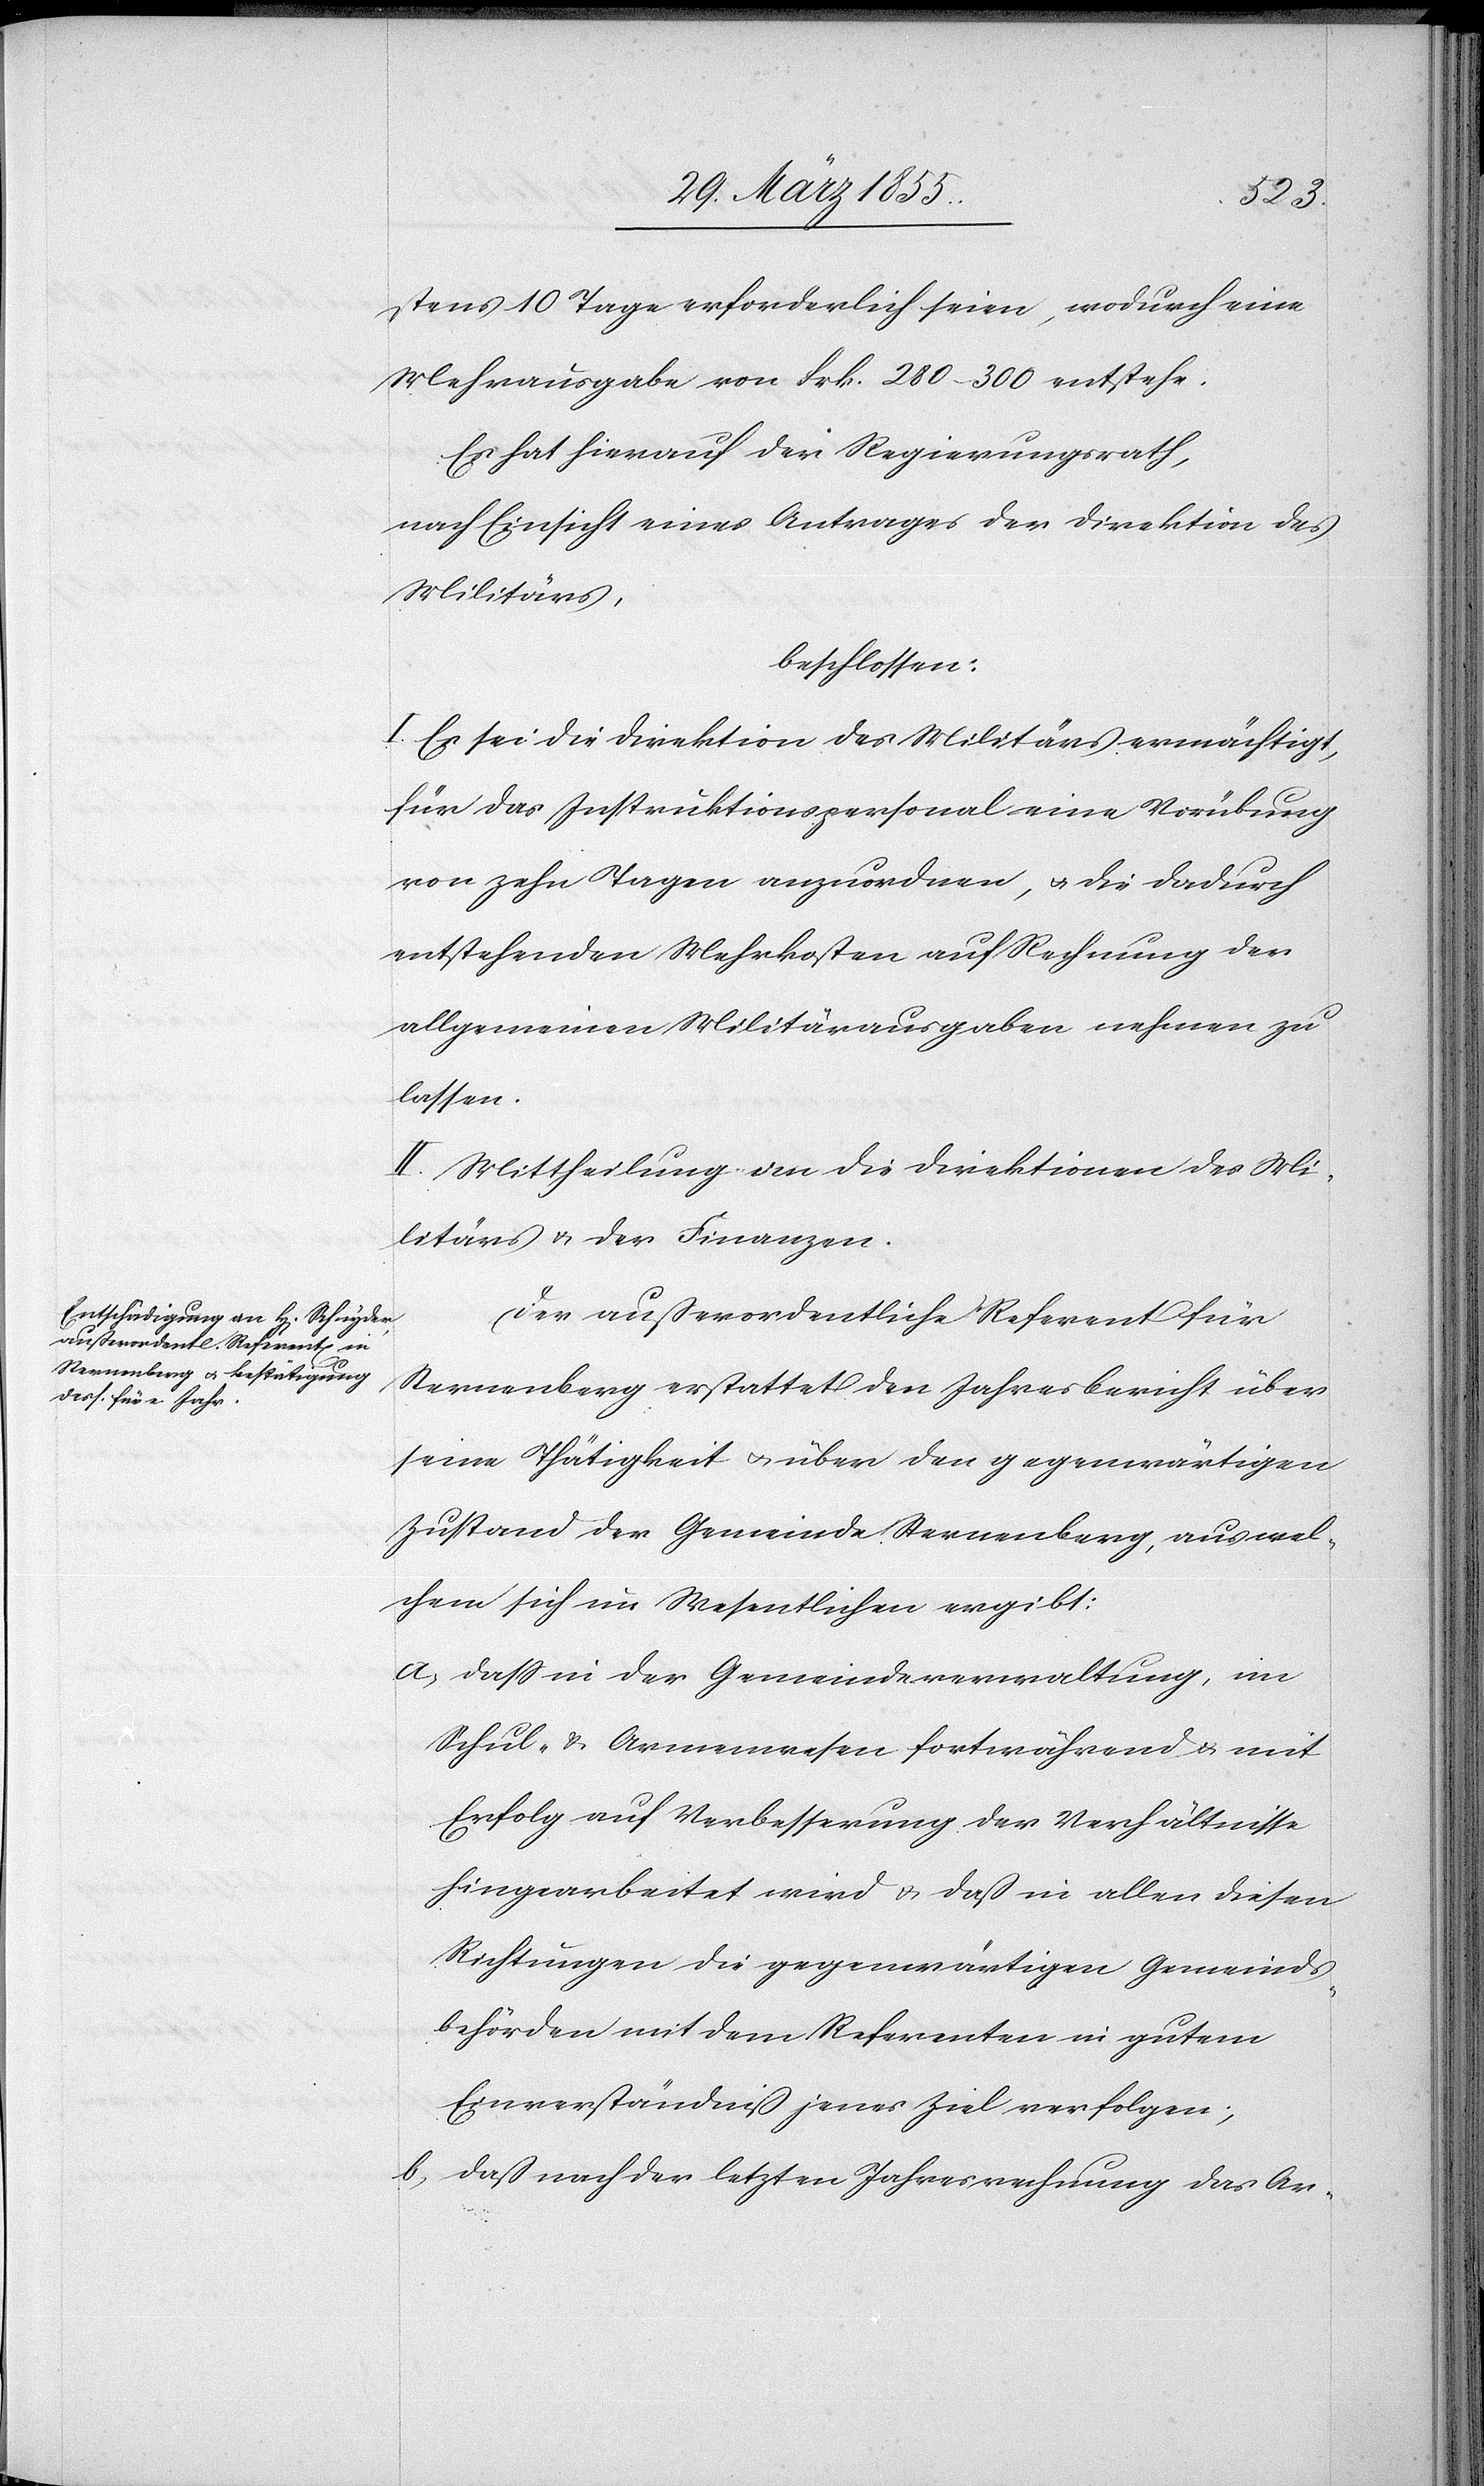
stens 10 Tage erforderlich seien, wodurch eine
Mehrausgabe von Frk. 280–300 entstehe.
Es hat hierauf der Regierungsrath,
nach Einsicht eines Antrages der Direktion des
Militärs,
beschlossen:
I. Es sei die Direktion des Militärs ermächtigt,
für das Instruktionspersonal eine Vorübung
von zehn Tagen anzuordnen, & die dadurch
entstehenden Mehrkosten auf Rechnung der
allgemeinen Militärausgaben nehmen zu
lassen.
II. Mittheilung an die Direktionen des Mi¬
litärs & der Finanzen.
Der außerordentliche Referent für
Sternenberg erstattet den Jahresbericht über
seine Thätigkeit & über den gegenwärtigen
Zustand der Gemeinde Sternenberg, aus wel¬
chem sich im Wesentlichen ergibt:
dass in der Gemeindeverwaltung, im
Schul- & Armenwesen fortwährend & mit
Erfolg auf Verbesserung der Verhältnisse
hingearbeitet wird & daß in allen diesen
Richtungen die gegenwärtigen Gemeinds¬
behörden mit dem Referenten in gutem
Einverständniß jenes Ziel verfolgen;
daß nach der letzten Jahresrechnung das Ar-